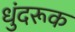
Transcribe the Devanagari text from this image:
धुंदरूक